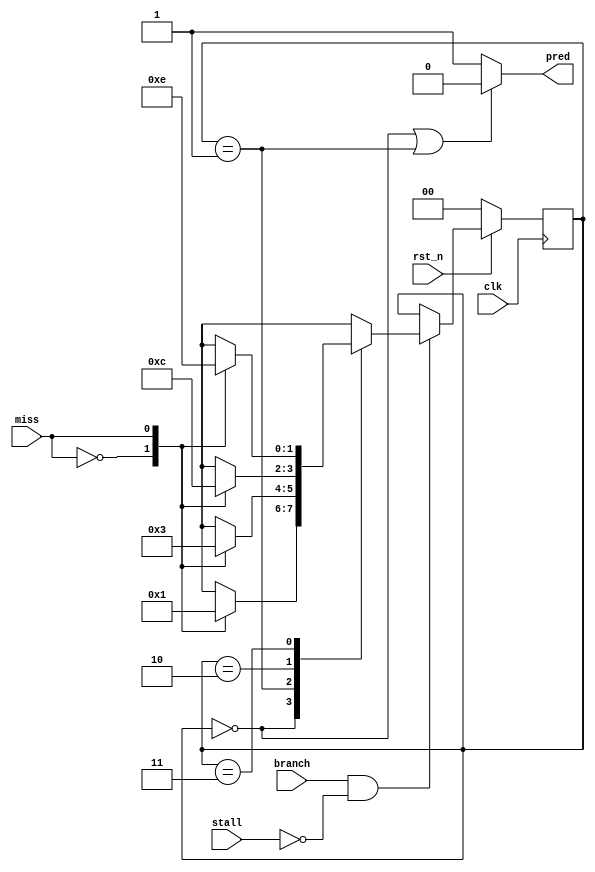
module BPU(
    clk,
    rst_n,
    branch,
    stall,
    miss,
    pred
);

input clk;
input rst_n;
input branch;
input stall;
input miss;
output pred;

reg [1:0] state_r, state_w;

parameter NB    = 2'd0;
parameter TNB   = 2'd1;
parameter TBR   = 2'd2;
parameter BR    = 2'd3;

assign pred = ((state_r == NB) || (state_r == TNB)) ? 1'b0 : 1'b1;

always@(*) begin
    state_w = state_r;
    if ((branch == 1'b1) && (stall == 1'b0)) begin
        case(state_r)
            NB:begin
                case(miss)
                    1'b0:state_w = NB;
                    1'b1:state_w = TNB;
                endcase
            end
            TNB:begin
                case(miss)
                    1'b0:state_w = NB;
                    1'b1:state_w = BR;
                endcase
            end
            TBR:begin
                case(miss)
                    1'b0:state_w = BR;
                    1'b1:state_w = NB;
                endcase
            end
            BR:begin
                case(miss)
                    1'b0:state_w = BR;
                    1'b1:state_w = TBR;
                endcase
            end
        endcase
    end
end

always@(posedge clk) begin
    if (~rst_n) begin
        state_r <= NB;
    end

    else begin
        state_r <= state_w;
    end
end

endmodule